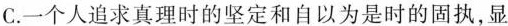
C.一个人追求真理时的坚定和自以为是时的固执,显